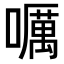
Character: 𡂖